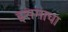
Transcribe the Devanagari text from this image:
इसमाचा